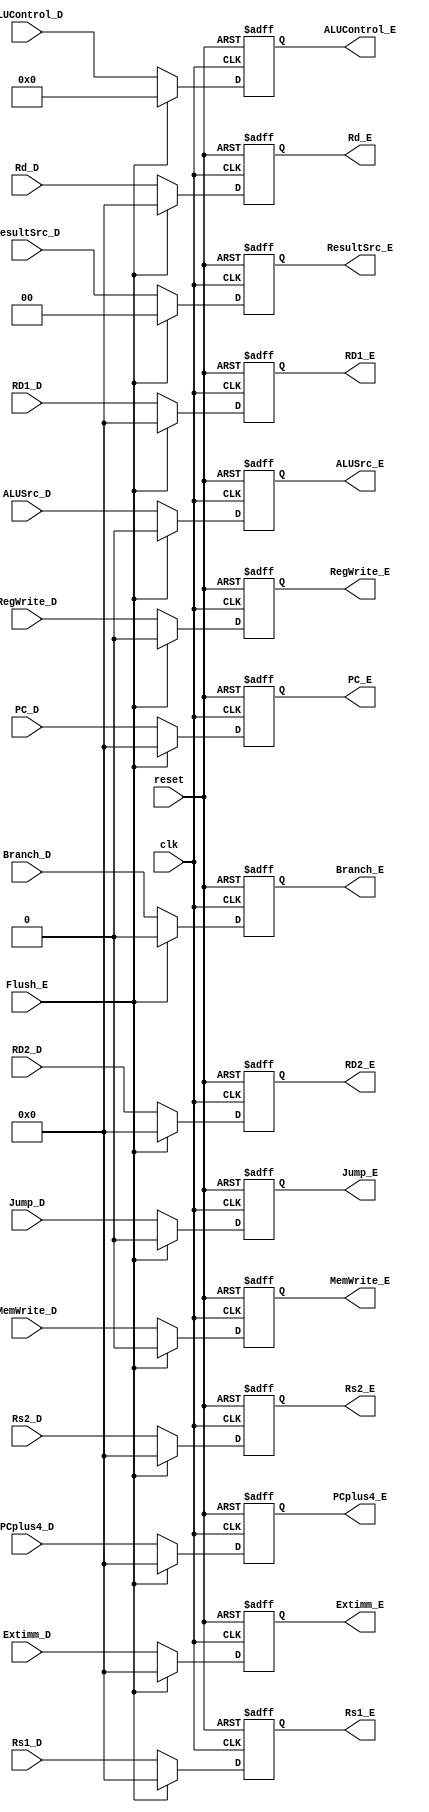
module ID_EX (
    input clk,
    input reset,
    input Flush_E,
    input RegWrite_D, MemWrite_D, Jump_D, Branch_D, ALUSrc_D,
    input [1:0] ResultSrc_D,
    input [3:0] ALUControl_D,
    input [31:0] RD1_D, RD2_D, Extimm_D, PCplus4_D, PC_D,
    input [31:0] Rs1_D, Rs2_D, Rd_D,
    output reg RegWrite_E, MemWrite_E, Jump_E, Branch_E, ALUSrc_E,
    output reg [1:0] ResultSrc_E,
    output reg [3:0] ALUControl_E,
    output reg [31:0] RD1_E, RD2_E, Extimm_E, PCplus4_E, PC_E,
    output reg [31:0] Rs1_E, Rs2_E, Rd_E
);
    always @(posedge clk or negedge reset) begin
        if (!reset) begin
            RegWrite_E <= 1'b0;
            MemWrite_E <= 1'b0;
            Jump_E <= 1'b0;
            Branch_E <= 1'b0;
            ALUSrc_E <= 1'b0;
            ResultSrc_E <= 2'b00;
            ALUControl_E <= 4'b0000;
            RD1_E <= 32'b0;
            RD2_E <= 32'b0;
            PC_E <= 32'b0;
            Rs1_E <= 32'b0;
            Rs2_E <= 32'b0;
            Rd_E <= 32'b0;
            Extimm_E <= 32'b0;
            PCplus4_E <= 32'b0;
        end else if (!Flush_E) begin
            RegWrite_E <= RegWrite_D;
            MemWrite_E <= MemWrite_D;
            Jump_E <= Jump_D;
            Branch_E <= Branch_D;
            ALUSrc_E <= ALUSrc_D;
            ResultSrc_E <= ResultSrc_D;
            ALUControl_E <= ALUControl_D;
            RD1_E <= RD1_D;
            RD2_E <= RD2_D;
            PC_E <= PC_D;
            Rs1_E <= Rs1_D;
            Rs2_E <= Rs2_D;
            Rd_E <= Rd_D;
            Extimm_E <= Extimm_D;
            PCplus4_E <= PCplus4_D;
        end else begin
            RegWrite_E <= 1'b0;
            MemWrite_E <= 1'b0;
            Jump_E <= 1'b0;
            Branch_E <= 1'b0;
            ALUSrc_E <= 1'b0;
            ResultSrc_E <= 2'b00;
            ALUControl_E <= 4'b0000;
            RD1_E <= 32'b0;
            RD2_E <= 32'b0;
            PC_E <= 32'b0;
            Rs1_E <= 32'b0;
            Rs2_E <= 32'b0;
            Rd_E <= 32'b0;
            Extimm_E <= 32'b0;
            PCplus4_E <= 32'b0;
        end
    end
endmodule